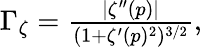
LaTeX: \begin{array}{r}{\Gamma_{\zeta}=\frac{\rvert\zeta^{\prime\prime}(p)\lvert}{(1+\zeta^{\prime}(p)^{2})^{3/2}},}\end{array}